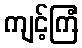
ကျင့်ကြံ